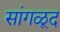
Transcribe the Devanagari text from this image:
सांगळूद